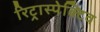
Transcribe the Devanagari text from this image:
रिट्रास्पेक्टिव